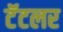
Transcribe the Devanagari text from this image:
टॅटलर